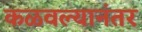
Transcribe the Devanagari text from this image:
कळवल्यानंतर